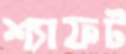
শ্যাফট